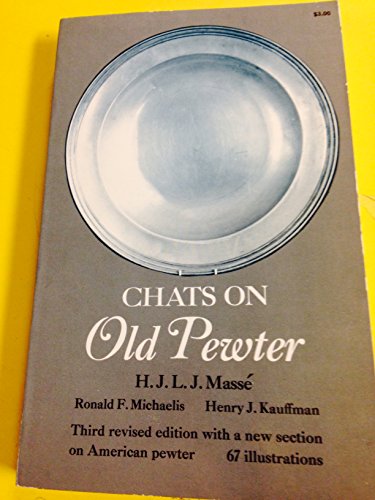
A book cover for Chats on Old Pewter Third Revised Edition; H. J. L. J. & Michaelis, Ronald F. & Kauffman, Henry J. Masse; Crafts, Hobbies & Home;